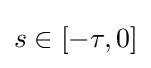
s\in [-\tau ,0]